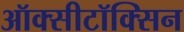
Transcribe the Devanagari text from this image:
ऑक्सीटॉक्सिन